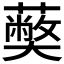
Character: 𮒥